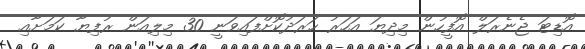
އޮޑިޓަ ޖެނެރަލް އޮފީހުން މިދިޔަ އަހަރު ހަރަދުކޮށްފައިވަނީ 30 މިލިއަން ރުފިޔާ ކަމަށާއި